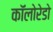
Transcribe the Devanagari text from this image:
कॉलोरेडो